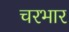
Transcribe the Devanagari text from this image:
चरभार